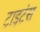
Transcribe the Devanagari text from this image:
टाइटंस